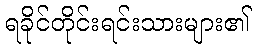
ရခိုင်တိုင်းရင်းသားများ၏